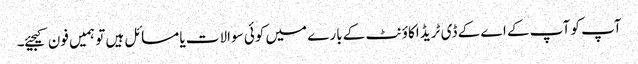
آپ کو آپ کے اے کے ڈی ٹریڈ اکاؤنٹ کے بارے میں کوئی سوالات یا مسائل ہیں تو ہمیں فون کیجیئے۔